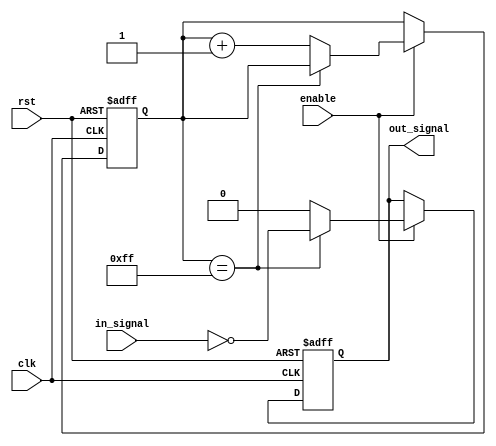
module NAND_Gate_Delay (
  input wire clk,
  input wire rst,
  input wire enable,
  input wire in_signal,
  output wire out_signal
);

reg [7:0] delay_counter;

always @(posedge clk or posedge rst) begin
  if (rst) begin
    delay_counter <= 8'b0;
    out_signal <= 1'b0;
  end else begin
    if (enable) begin
      if (delay_counter == 8'b11111111) begin
        out_signal <= ~in_signal;
      end else begin
        delay_counter <= delay_counter + 1;
        out_signal <= 1'b0;
      end
    end
  end
end

endmodule